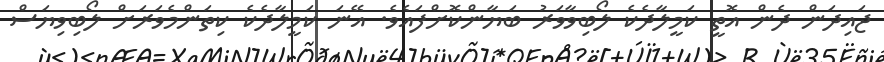
ޖައިދަން ދެން އޮތީ ކަމީލާދެކެ ލޯބިވާވަރު ބަޔާންކޮށްފައެވެ. އޭނަ ކަމީލާދެކެ ކިތަންމެވަރަށް ލޯބިވިޔަސް